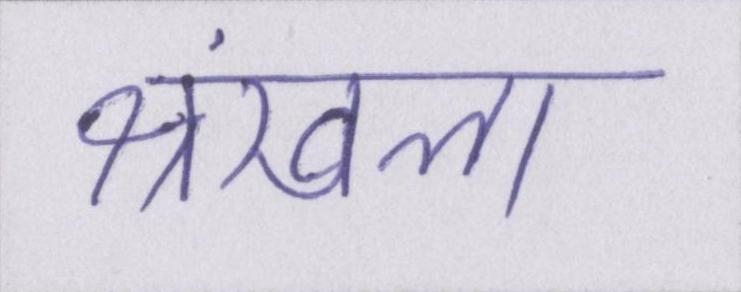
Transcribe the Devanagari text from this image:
श्रंखला